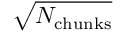
\sqrt { N _ { \mathrm { c h u n k s } } }